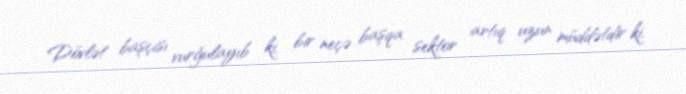
Dövlət başçısı vurğulayıb ki, bir neçə başqa sektor artıq uzun müddətdir ki,